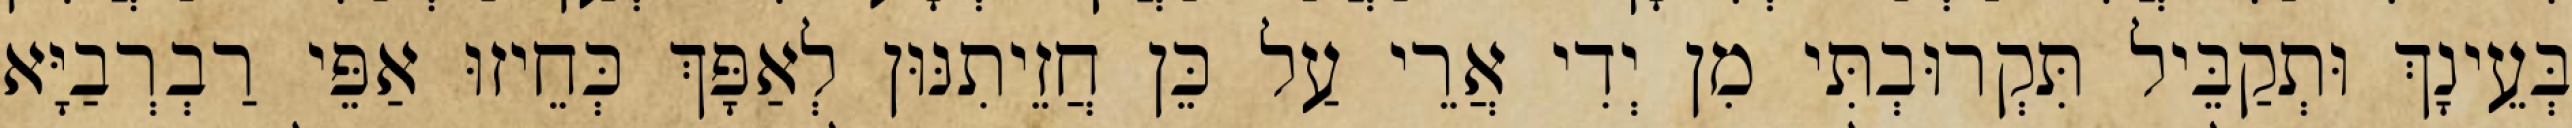
בְּעֵינָךְ וּתְקַבֵּיל תִּקְרוּבְתִּי מִן יְדִי אֲרֵי עַל כֵּן חֲזֵיתִנּוּן לְאַפָּךְ כְּחֵיזוּ אַפֵּי רַבְרְבַיָּא